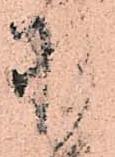
羽